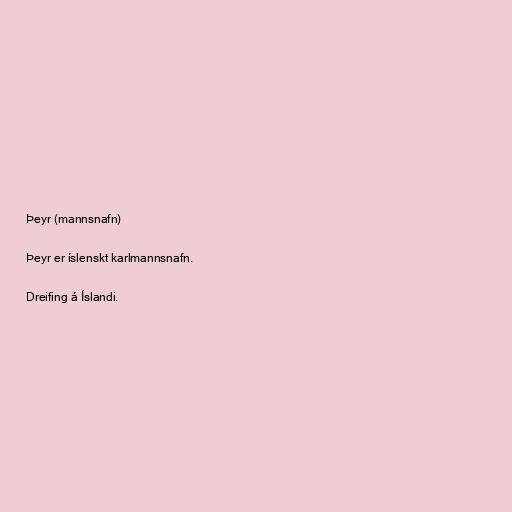
Þeyr (mannsnafn)

Þeyr er íslenskt karlmannsnafn.

Dreifing á Íslandi.